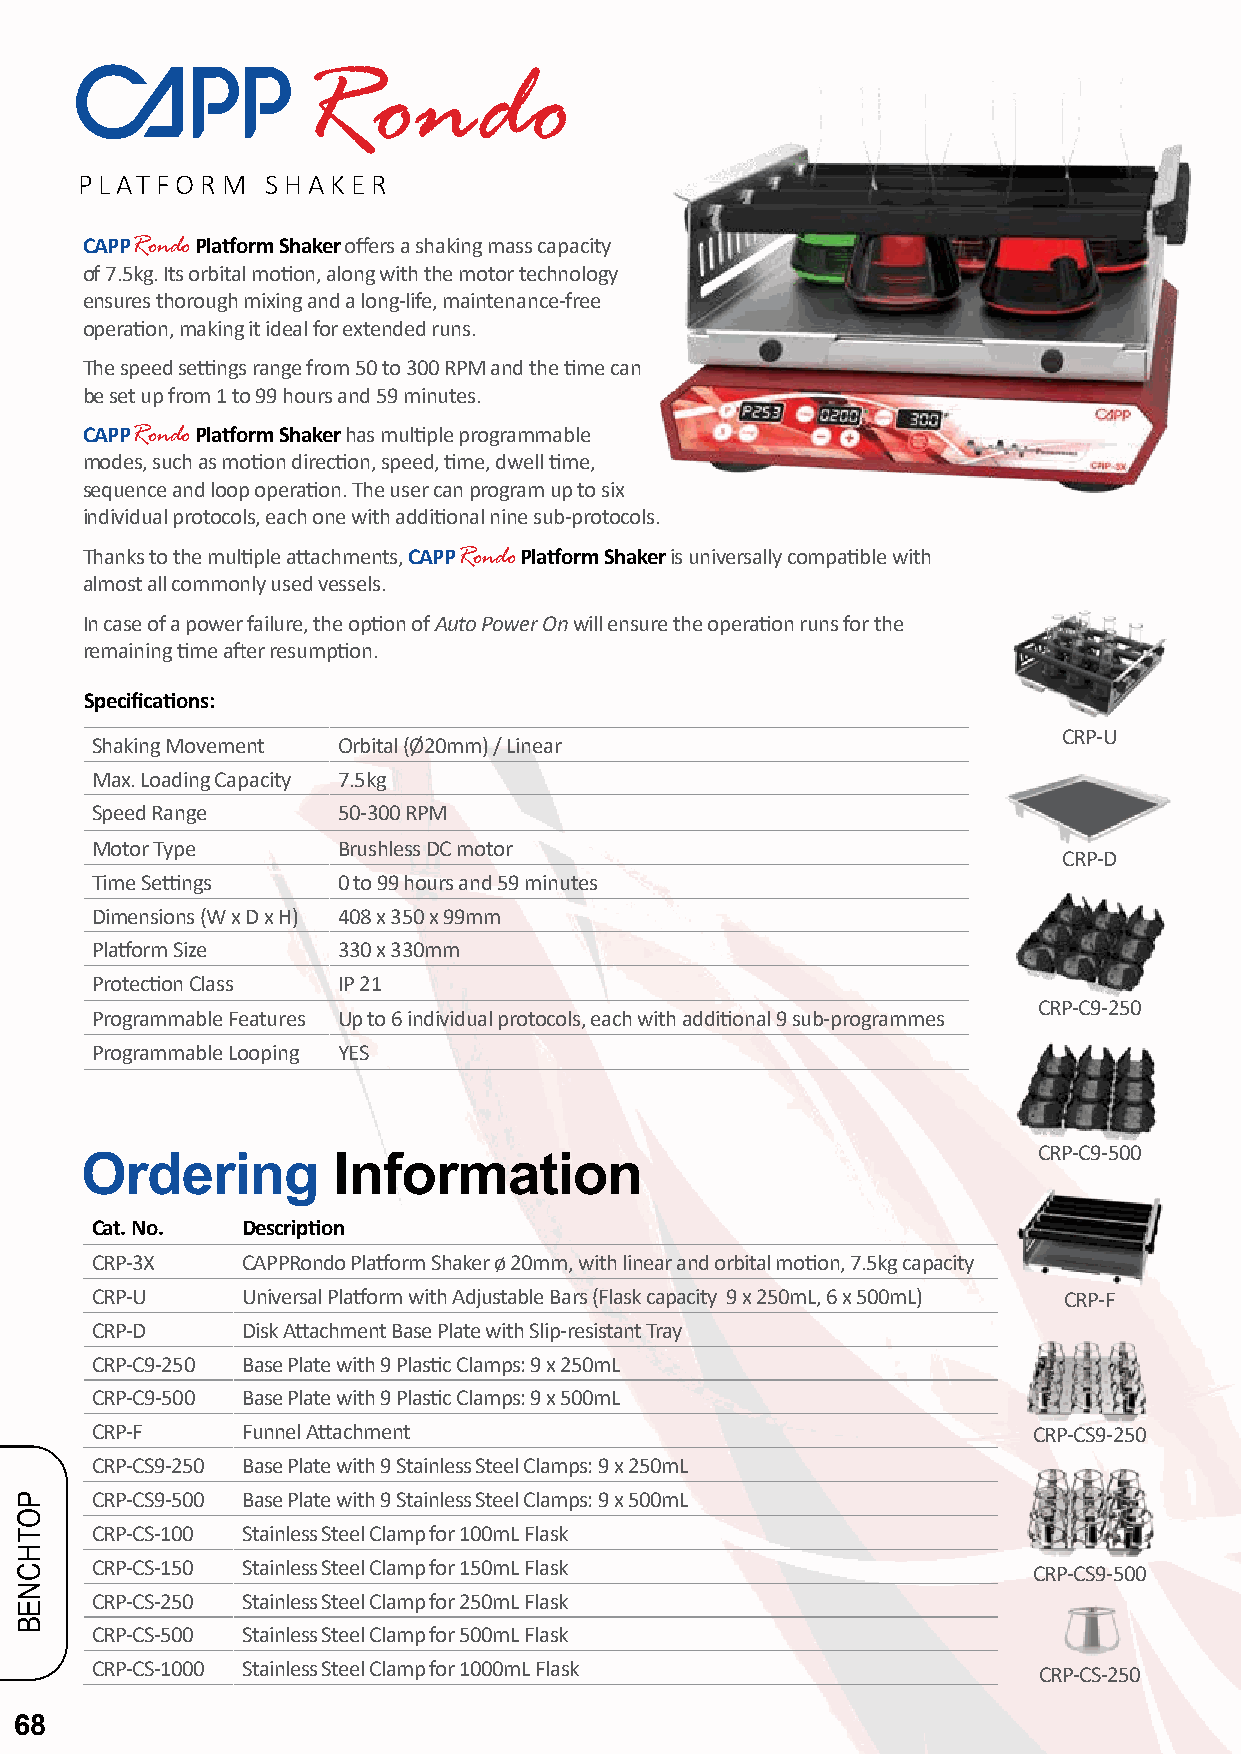
Rondo
 PLATFORM     SHAKER
 CAPPRondo Platform Shaker offers a shaking mass capacity
 of 7.5kg. Its orbital motion, along with the motor technology
 ensures thorough mixing and a long-life, maintenance-free
 operation, making it ideal for extended runs.
 The speed settings range from 50 to 300 RPM and the time can
 be set up from 1 to 99 hours and 59 minutes.
 CAPPRondo Platform Shaker has multiple programmable
 modes, such as motion direction, speed, time, dwell time,
 sequence and loop operation. The user can program up to six
 individual protocols, each one with additional nine sub-protocols.
 Thanks to the multiple attachments, CAPPRondo Platform Shaker is universally compatible with
 almost all commonly used vessels.
 In case of a power failure, the option of Auto Power On will ensure the operation runs for the
 remaining time after resumption.
 Specifications:
 CRP-U
 Shaking Movement Orbital (Ø20mm) / Linear
 Max. Loading Capacity 7.5kg
 Speed Range     50-300 RPM
 Motor Type      Brushless DC motor
 CRP-D
 Time Settings   0 to 99 hours and 59 minutes
 Dimensions (W x D x H) 408 x 350 x 99mm
 Platform Size   330 x 330mm
 Protection Class IP 21
 CRP-C9-250
 Programmable Features Up to 6 individual protocols, each with additional 9 sub-programmes
 Programmable Looping YES
 CRP-C9-500
 Ordering         Information
 Cat. No.  Description
 CRP-3X    CAPPRondo Platform Shaker ø 20mm, with linear and orbital motion, 7.5kg capacity
 CRP-U     Universal Platform with Adjustable Bars (Flask capacity 9 x 250mL, 6 x 500mL) CRP-F
 CRP-D     Disk Attachment Base Plate with Slip-resistant Tray
 CRP-C9-250 Base Plate with 9 Plastic Clamps: 9 x 250mL
 CRP-C9-500 Base Plate with 9 Plastic Clamps: 9 x 500mL
 CRP-F     Funnel Attachment                                   CRP-CS9-250
 CRP-CS9-250 Base Plate with 9 Stainless Steel Clamps: 9 x 250mL
 CRP-CS9-500 Base Plate with 9 Stainless Steel Clamps: 9 x 500mL
 CRP-CS-100 Stainless Steel Clamp for 100mL Flask
 CRP-CS-150 Stainless Steel Clamp for 150mL Flask              CRP-CS9-500
 CRP-CS-250 Stainless Steel Clamp for 250mL Flask
 CRP-CS-500 Stainless Steel Clamp for 500mL Flask
 CRP-CS-1000 Stainless Steel Clamp for 1000mL Flask             CRP-CS-250
 68
 POTHCNEB